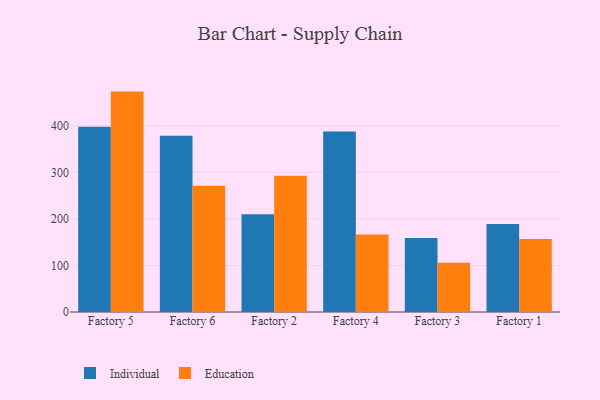
{"axis": {"x": "Factory", "y": "Net Income (USD K)"}, "legend": ["Education", "Individual"], "data": [{"x": "Factory 5", "y": 397.6, "type": "Individual"}, {"x": "Factory 5", "y": 473.3, "type": "Education"}, {"x": "Factory 6", "y": 378.4, "type": "Individual"}, {"x": "Factory 6", "y": 271.3, "type": "Education"}, {"x": "Factory 2", "y": 209.9, "type": "Individual"}, {"x": "Factory 2", "y": 292.4, "type": "Education"}, {"x": "Factory 4", "y": 387.8, "type": "Individual"}, {"x": "Factory 4", "y": 166.6, "type": "Education"}, {"x": "Factory 3", "y": 158.9, "type": "Individual"}, {"x": "Factory 3", "y": 105.8, "type": "Education"}, {"x": "Factory 1", "y": 189.1, "type": "Individual"}, {"x": "Factory 1", "y": 156.7, "type": "Education"}]}